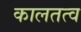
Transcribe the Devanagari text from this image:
कालतत्व